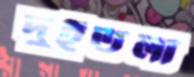
দুইতলা